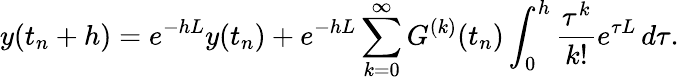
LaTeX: y(t_{n}+h)=e^{-hL}y(t_{n})+e^{-hL}\sum_{k=0}^{\infty}G^{(k)}(t_{n})\int_{0}^{h}\frac{\tau^{k}}{k!}e^{\tau L}\, d\tau.